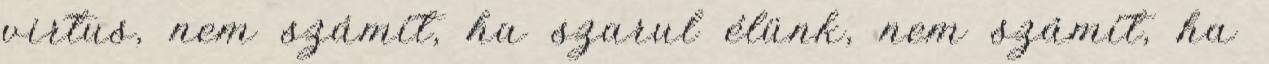
virtus, nem számít, ha szarul élünk, nem számít, ha